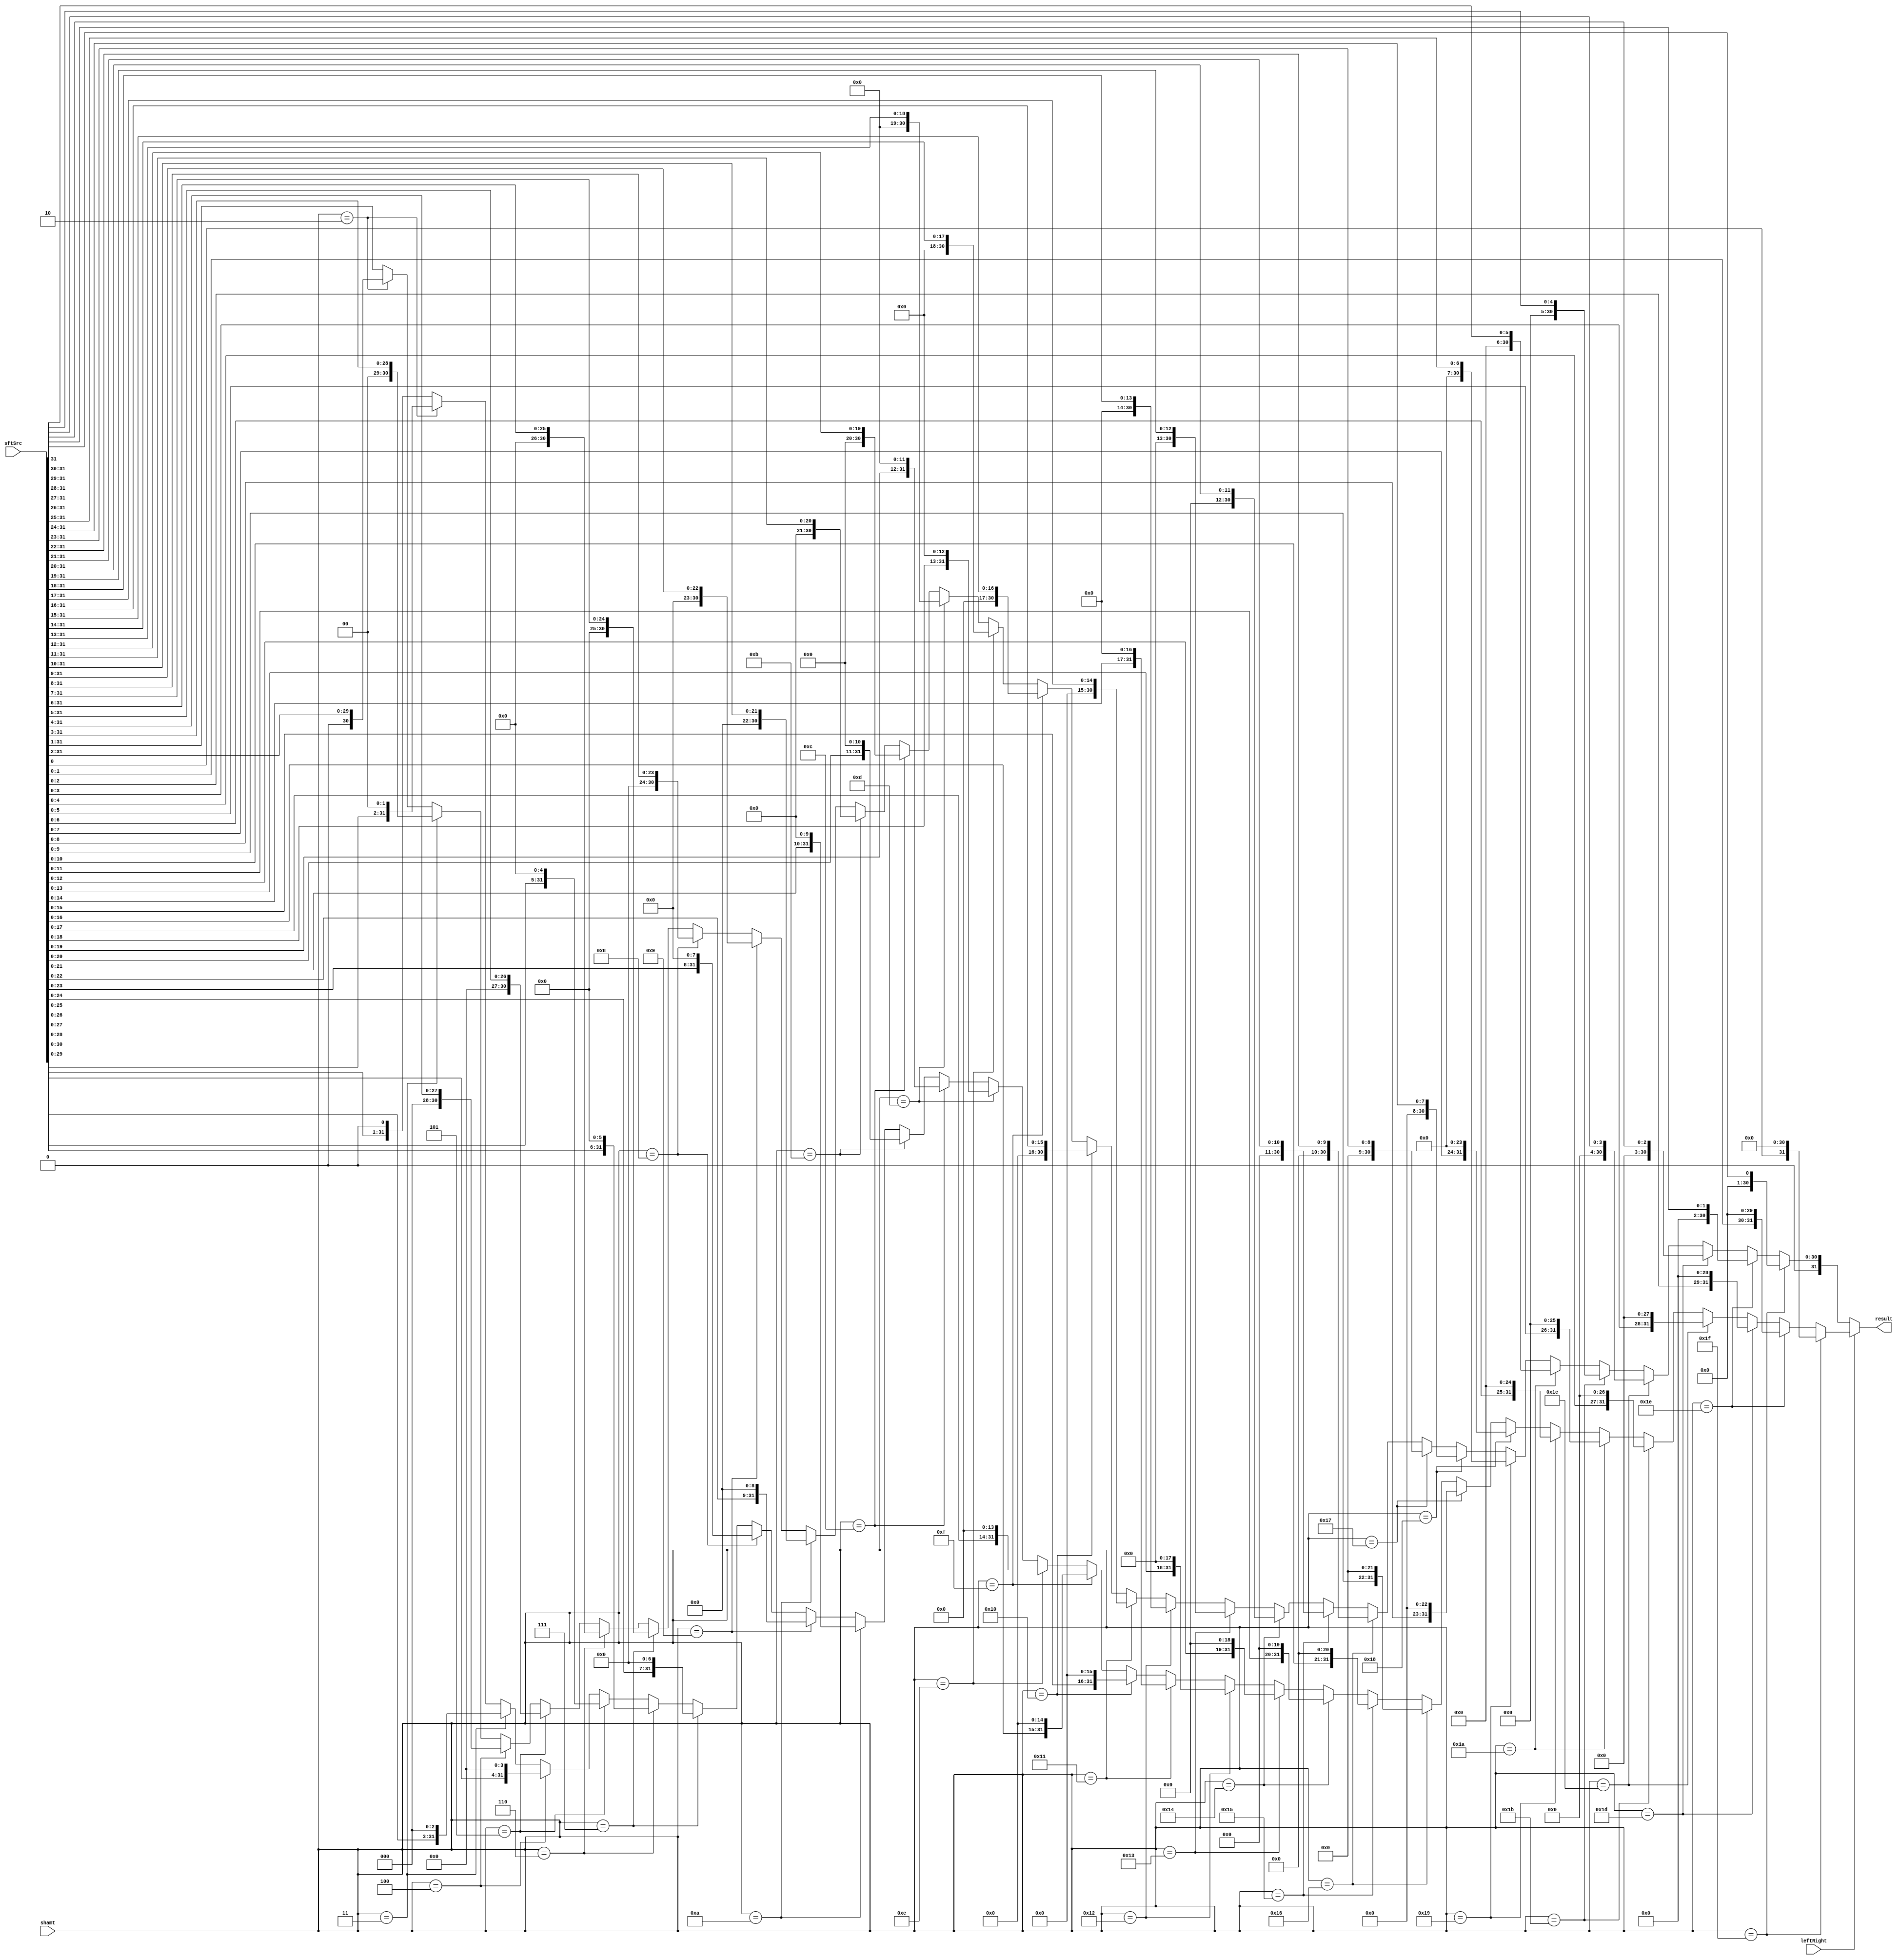
module Shifter( result, leftRight, shamt, sftSrc  );
    
  output wire[31:0] result;

  input wire leftRight;
  input wire[4:0] shamt;
  input wire[31:0] sftSrc ;
  
  /*your code here*/ 
    assign result = (leftRight == 0) ?
	              ((shamt == 31) ? {31'b0, sftSrc[31]} : 
	               (shamt == 30) ? {30'b0, sftSrc[31:30]} : 
	               (shamt == 29) ? {29'b0, sftSrc[31:29]} : 
	               (shamt == 28) ? {28'b0, sftSrc[31:28]} :  
	               (shamt == 27) ? {27'b0, sftSrc[31:27]} : 
	               (shamt == 26) ? {26'b0, sftSrc[31:26]} : 
	               (shamt == 25) ? {25'b0, sftSrc[31:25]} : 
	               (shamt == 24) ? {24'b0, sftSrc[31:24]} : 
	               (shamt == 23) ? {23'b0, sftSrc[31:23]} : 
	               (shamt == 22) ? {22'b0, sftSrc[31:22]} : 
	               (shamt == 21) ? {21'b0, sftSrc[31:21]} : 
	               (shamt == 20) ? {20'b0, sftSrc[31:20]} : 
	               (shamt == 19) ? {19'b0, sftSrc[31:19]} : 
	               (shamt == 18) ? {18'b0, sftSrc[31:18]} : 
	               (shamt == 17) ? {17'b0, sftSrc[31:17]} : 
	               (shamt == 16) ? {16'b0, sftSrc[31:16]} : 
	               (shamt == 15) ? {15'b0, sftSrc[31:15]} : 
	               (shamt == 14) ? {14'b0, sftSrc[31:14]} : 
	               (shamt == 13) ? {13'b0, sftSrc[31:13]} : 
	               (shamt == 12) ? {12'b0, sftSrc[31:12]} : 
	               (shamt == 11) ? {11'b0, sftSrc[31:11]} : 
	               (shamt == 10) ? {10'b0, sftSrc[31:10]} : 
	               (shamt == 9) ? {9'b0, sftSrc[31:9]} : 
	               (shamt == 8) ? {8'b0, sftSrc[31:8]} :  
						(shamt == 7) ? {7'b0, sftSrc[31:7]} : 
	               (shamt == 6) ? {6'b0, sftSrc[31:6]} : 
	               (shamt == 5) ? {5'b0, sftSrc[31:5]} : 
	               (shamt == 4) ? {4'b0, sftSrc[31:4]} : 
	               (shamt == 3) ? {3'b0, sftSrc[31:3]} : 
	               (shamt == 2) ? {2'b0, sftSrc[31:2]} : 
	               (shamt == 1) ? {1'b0, sftSrc[31:1]} : 
	                          	  {1'b0, sftSrc[31:1]} 
	              ) :
	              ((shamt == 31) ? {sftSrc[0],31'b0} : 
	               (shamt == 30) ? {sftSrc[1:0],30'b0} : 
	               (shamt == 29) ? {sftSrc[2:0],29'b0} : 
	               (shamt == 28) ? {sftSrc[3:0],28'b0} :  
	               (shamt == 27) ? {sftSrc[4:0],27'b0} : 
	               (shamt == 26) ? {sftSrc[5:0],26'b0} : 
	               (shamt == 25) ? {sftSrc[6:0],25'b0} : 
	               (shamt == 24) ? {sftSrc[7:0],24'b0} : 
	               (shamt == 23) ? {sftSrc[8:0],23'b0} : 
	               (shamt == 22) ? {sftSrc[9:0],22'b0} : 
	               (shamt == 21) ? {sftSrc[10:0],21'b0} : 
	               (shamt == 20) ? {sftSrc[11:0],20'b0} : 
	               (shamt == 19) ? {sftSrc[12:0],19'b0} : 
	               (shamt == 18) ? {sftSrc[13:0],18'b0} : 
	               (shamt == 17) ? {sftSrc[14:0],17'b0} : 
	               (shamt == 16) ? {sftSrc[15:0],16'b0} : 
	               (shamt == 15) ? {sftSrc[16:0],15'b0} : 
	               (shamt == 14) ? {sftSrc[17:0],14'b0} : 
	               (shamt == 13) ? {sftSrc[18:0],13'b0} : 
	               (shamt == 12) ? {sftSrc[19:0],12'b0} : 
	               (shamt == 11) ? {sftSrc[20:0],11'b0} : 
	               (shamt == 10) ? {sftSrc[21:0],10'b0} : 
	               (shamt == 9) ? {sftSrc[22:0],9'b0} : 
	               (shamt == 8) ? {sftSrc[23:0],8'b0} :  
						(shamt == 7) ? {sftSrc[24:0],7'b0} : 
	               (shamt == 6) ? {sftSrc[25:0],6'b0} : 
	               (shamt == 5) ? {sftSrc[26:0],5'b0} : 
	               (shamt == 4) ? {sftSrc[27:0],4'b0} : 
	               (shamt == 3) ? {sftSrc[28:0],3'b0} : 
	               (shamt == 2) ? {sftSrc[29:0],2'b0} : 
	               (shamt == 1) ? {sftSrc[30:0],1'b0} : 
	                          	  {sftSrc[30:0],1'b0} 
	              );




	
endmodule